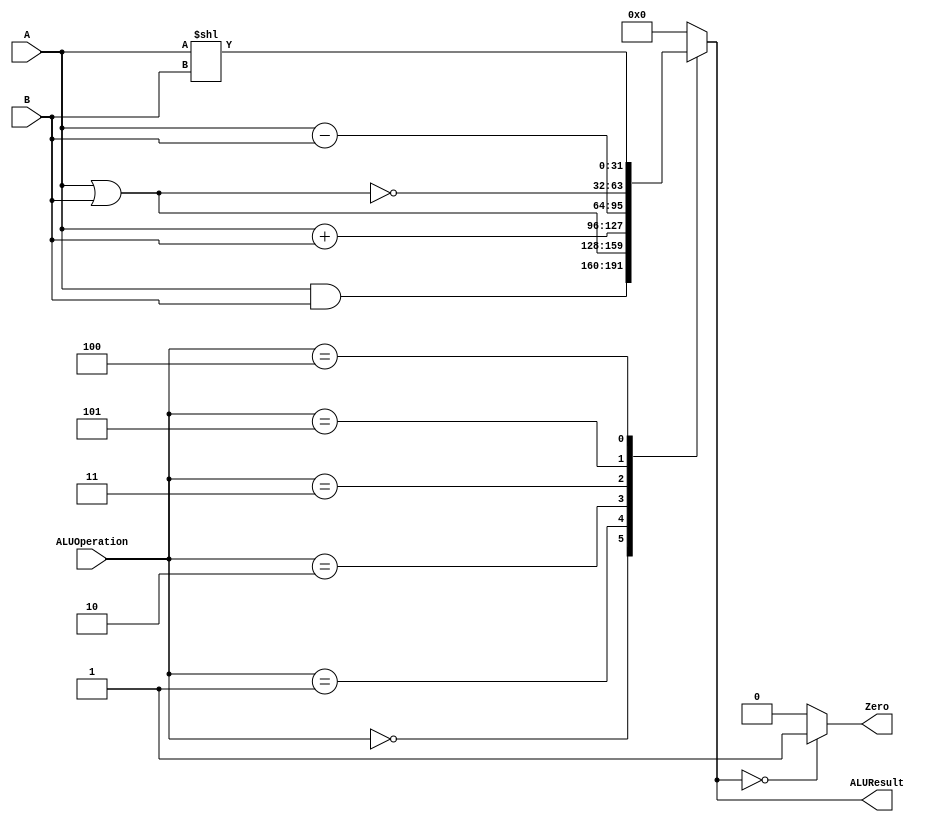
/******************************************************************
* Description
*	This is an 32-bit arithetic logic unit that can execute the next set of operations:
*		add
*		sub
*		or
*		and
*		nor
* This ALU is written by using behavioral description.
* Version:
*	1.0
* Author:
*	Dr. Jos Luis Pizano Escalante
* email:
*	luispizano@iteso.mx
* Date:
*	01/03/2014
******************************************************************/

module ALU 
(
	input [2:0] ALUOperation,
	input [31:0] A,
	input [31:0] B,
	output reg Zero,
	output reg [31:0]ALUResult
);
localparam AND  = 3'b000;
localparam OR   = 3'b001;
localparam ADD  = 3'b010;
localparam SUB  = 3'b011;
//localparam SLT = 3'b100;
localparam SLLI = 3'b100;
localparam NOR  = 3'b101;

   
   always @ (A or B or ALUOperation)
     begin
		case (ALUOperation)
		  AND: // and
			ALUResult = A & B;
	     OR: // or
			ALUResult = A | B;
		  ADD: // add
			ALUResult = A + B;
 		  SUB: // sub
			ALUResult = A - B;
		  NOR: // nor
			ALUResult = ~(A | B);
		  SLLI:
			ALUResult = A << B;
//		  SLT:
//			ALUResult = A < B ? 1'b1 : 1'b0;
		default:
			ALUResult= 0;
		endcase // case(control)
		Zero = (ALUResult==0) ? 1'b1 : 1'b0;
     end // always @ (A or B or control)
endmodule // ALU